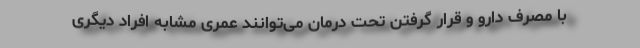
با مصرف دارو و قرار گرفتن تحت درمان می‌توانند عمری مشابه افراد دیگری